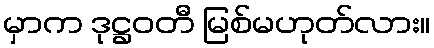
မှာက ဒုဋ္ဌဝတီ မြစ်မဟုတ်လား။